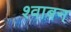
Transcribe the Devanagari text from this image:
श्वाबन